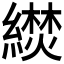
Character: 𬗼